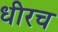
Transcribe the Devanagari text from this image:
धीरच